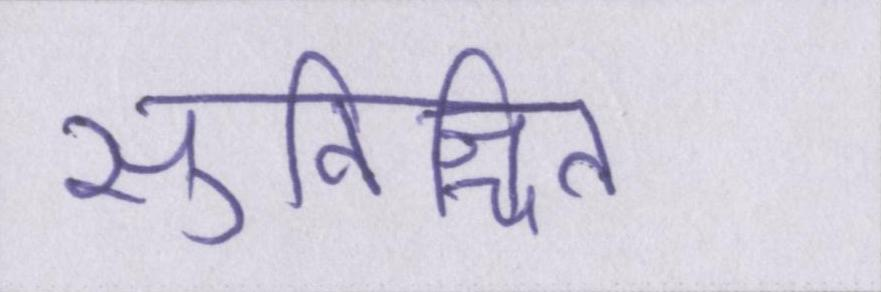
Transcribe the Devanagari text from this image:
सुनिश्चित